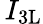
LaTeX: \, I_{\mathrm{{3L}}}